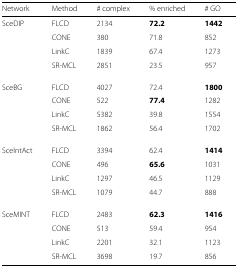
<table><thead><tr><td><b>Network</b></td><td><b>Method</b></td><td><b># complex</b></td><td><b>% enriched</b></td><td><b># GO</b></td><td></td><td></td><td></td><td></td><td></td><td></td><td></td></tr></thead><tbody><tr><td>SceDIP</td><td>FLCD</td><td>2134</td><td><b>72.2</b></td><td><b>1442</b></td><td></td><td></td><td></td><td></td><td></td><td></td><td></td></tr><tr><td></td><td>CONE</td><td>380</td><td>71.8</td><td>852</td><td></td><td></td><td></td><td></td><td></td><td></td><td></td></tr><tr><td></td><td>LinkC</td><td>1839</td><td>67.4</td><td>1273</td><td></td><td></td><td></td><td></td><td></td><td></td><td></td></tr><tr><td></td><td>SR-MCL</td><td>2851</td><td>23.5</td><td>957</td><td></td><td></td><td></td><td></td><td></td><td></td><td></td></tr><tr><td>SceBG</td><td>FLCD</td><td>4027</td><td>72.4</td><td><b>1800</b></td><td></td><td></td><td></td><td></td><td></td><td></td><td></td></tr><tr><td></td><td>CONE</td><td>522</td><td><b>77.4</b></td><td>1282</td><td></td><td></td><td></td><td></td><td></td><td></td><td></td></tr><tr><td></td><td>LinkC</td><td>5382</td><td>39.8</td><td>1554</td><td></td><td></td><td></td><td></td><td></td><td></td><td></td></tr><tr><td></td><td>SR-MCL</td><td>1862</td><td>56.4</td><td>1702</td><td></td><td></td><td></td><td></td><td></td><td></td><td></td></tr><tr><td>SceIntAct</td><td>FLCD</td><td>3394</td><td>62.4</td><td><b>1414</b></td><td></td><td></td><td></td><td></td><td></td><td></td><td></td></tr><tr><td></td><td>CONE</td><td>496</td><td><b>65.6</b></td><td>1031</td><td></td><td></td><td></td><td></td><td></td><td></td><td></td></tr><tr><td></td><td>LinkC</td><td>1297</td><td>46.5</td><td>1129</td><td></td><td></td><td></td><td></td><td></td><td></td><td></td></tr><tr><td></td><td>SR-MCL</td><td>1079</td><td>44.7</td><td>888</td><td></td><td></td><td></td><td></td><td></td><td></td><td></td></tr><tr><td>SceMINT</td><td>FLCD</td><td>2483</td><td><b>62.3</b></td><td><b>1416</b></td><td></td><td></td><td></td><td></td><td></td><td></td><td></td></tr><tr><td></td><td>CONE</td><td>513</td><td>59.4</td><td>954</td><td></td><td></td><td></td><td></td><td></td><td></td><td></td></tr><tr><td></td><td>LinkC</td><td>2201</td><td>32.1</td><td>1123</td><td></td><td></td><td></td><td></td><td></td><td></td><td></td></tr><tr><td></td><td>SR-MCL</td><td>3698</td><td>19.7</td><td>856</td><td></td><td></td><td></td><td></td><td></td><td></td><td></td></tr></tbody></table>